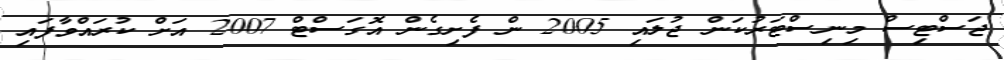
ޖަސްޓިސް މިނިސްޓަރުކަން ޖުލައި 2005 ން ފެށިގެން އޮގަސްޓް 2007 އަށް ކުރައްވާފައި